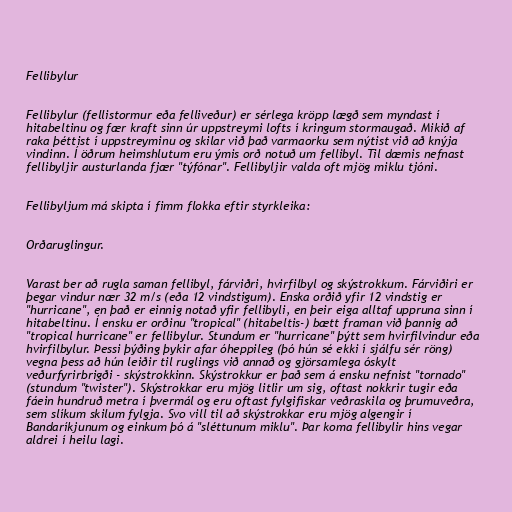
Fellibylur

Fellibylur (fellistormur eða felliveður) er sérlega kröpp lægð sem myndast í
hitabeltinu og fær kraft sinn úr uppstreymi lofts í kringum stormaugað. Mikið af
raka þéttist í uppstreyminu og skilar við það varmaorku sem nýtist við að knýja
vindinn. Í öðrum heimshlutum eru ýmis orð notuð um fellibyl. Til dæmis nefnast
fellibyljir austurlanda fjær "týfónar". Fellibyljir valda oft mjög miklu tjóni.

Fellibyljum má skipta í fimm flokka eftir styrkleika:

Orðaruglingur.

Varast ber að rugla saman fellibyl, fárviðri, hvirfilbyl og skýstrokkum. Fárviðiri er
þegar vindur nær 32 m/s (eða 12 vindstigum). Enska orðið yfir 12 vindstig er
"hurricane", en það er einnig notað yfir fellibyli, en þeir eiga alltaf uppruna sinn í
hitabeltinu. Í ensku er orðinu "tropical" (hitabeltis-) bætt framan við þannig að
"tropical hurricane" er fellibylur. Stundum er "hurricane" þýtt sem hvirfilvindur eða
hvirfilbylur. Þessi þýðing þykir afar óheppileg (þó hún sé ekki í sjálfu sér röng)
vegna þess að hún leiðir til ruglings við annað og gjörsamlega óskylt
veðurfyrirbrigði - skýstrokkinn. Skýstrokkur er það sem á ensku nefnist "tornado"
(stundum "twister"). Skýstrokkar eru mjög litlir um sig, oftast nokkrir tugir eða
fáein hundruð metra í þvermál og eru oftast fylgifiskar veðraskila og þrumuveðra,
sem slíkum skilum fylgja. Svo vill til að skýstrokkar eru mjög algengir í
Bandaríkjunum og einkum þó á "sléttunum miklu". Þar koma fellibylir hins vegar
aldrei í heilu lagi.